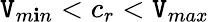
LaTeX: \mathtt{V}_{m\mathbf{i}n}<c_{r}<\mathtt{V}_{max}